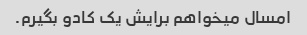
امسال میخواهم برایش یک کادو بگیرم.